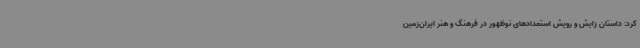
کرد: داستان زایش و رویش استعدادهای نوظهور در فرهنگ و هنر ایران‌زمین